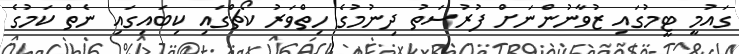
ގައުމީ ޓީމުގައި ޒުވާނުންނަށް ފުރުސަތު ދިނުމުގެ ހިތްވަރު ކޯޗްގައި ކިބައިގައި ނެތް ކަމުގެ